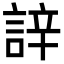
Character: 䛨